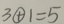
3 \textcircled { + } 1 = 5